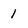
Character: 1